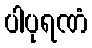
ပါပုရဏံ